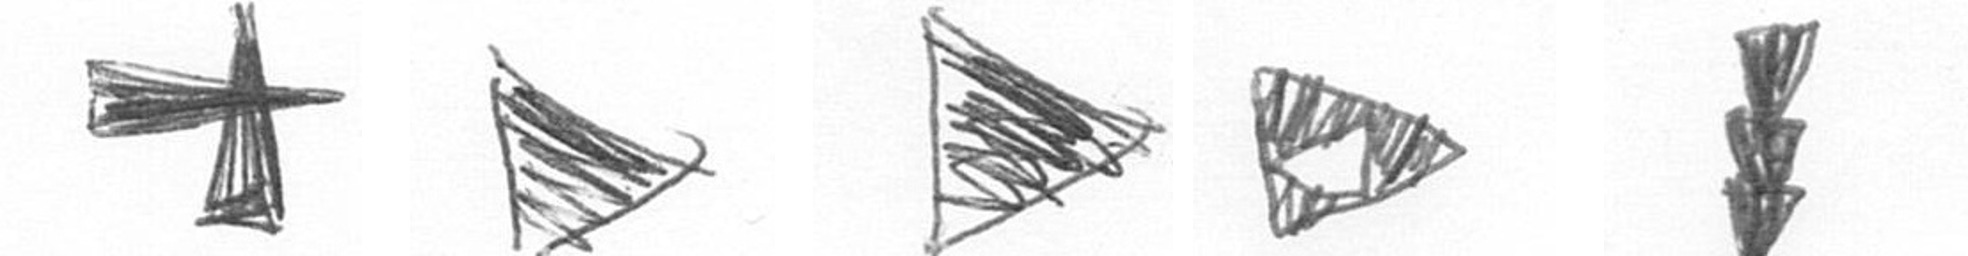
G T T K E